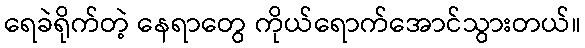
ရေခဲရိုက်တဲ့ နေရာတွေ ကိုယ်ရောက်အောင်သွားတယ်။